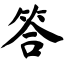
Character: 答